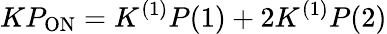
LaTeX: KP_{\mathrm{ON}}=K^{(1)}P(1)+2K^{(1)}P(2)